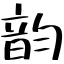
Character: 韵